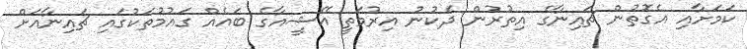
ކަމަށާއި އެގޮތުން ޗައިނާގެ އިތުރުން ދެކުނު އިރުމަތީ އޭޝީއާގެ ބައެއް ގައުމުތަކުގައި ޗައިނާއަށް